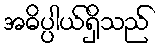
အဓိပ္ပါယ်ရှိသည်